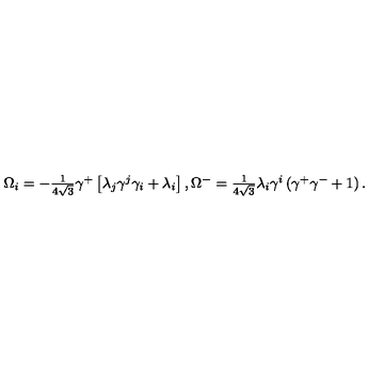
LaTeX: \Omega _ { i } = - \textstyle { \frac { 1 } { 4 \sqrt { 3 } } } \gamma ^ { + } \left[ \lambda _ { j } \gamma ^ { j } \gamma _ { i } + \lambda _ { i } \right] , \Omega ^ { - } = \textstyle { \frac { 1 } { 4 \sqrt { 3 } } } \lambda _ { i } \gamma ^ { i } \left( \gamma ^ { + } \gamma ^ { - } + 1 \right) .